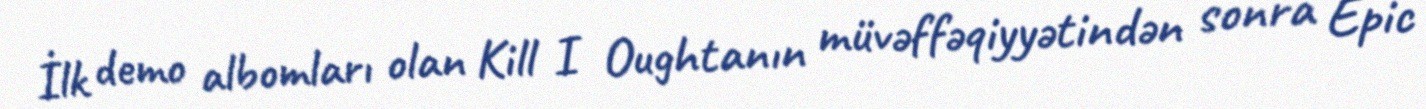
İlk demo albomları olan Kill I Oughtanın müvəffəqiyyətindən sonra Epic